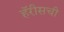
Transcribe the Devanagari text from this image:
हॅरीसची